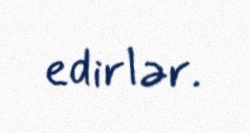
edirlər.